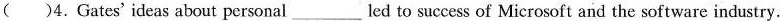
( )4.Gates'ideas about personal___led to success of Microsoft and the software industry.